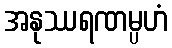
အနုဿရဏမ္ပဟံ